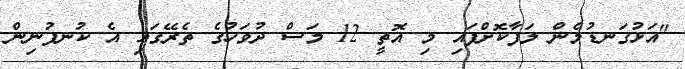
"އަޅުގަނޑުމެން ލަފާކޮށްފައި މި އޮތީ 12 މަސް ދުވަހުގެ ތެރޭގައި އެ ކުނފުނިން